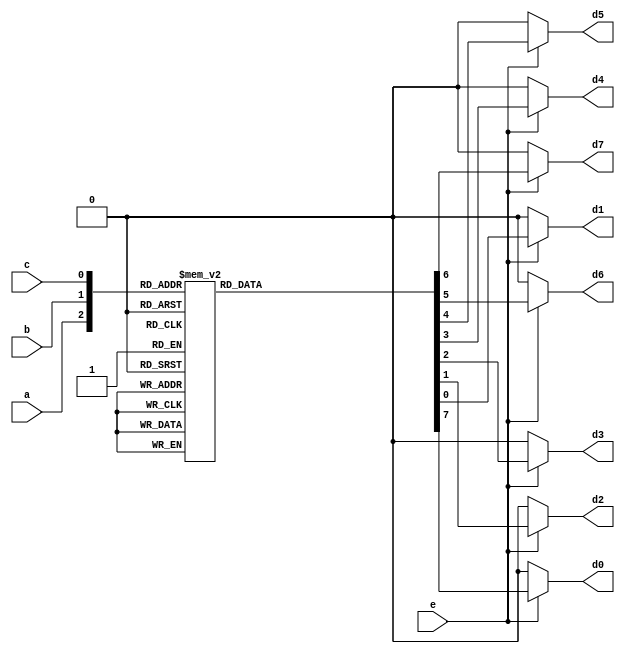
`timescale 1ns / 1ps
//////////////////////////////////////////////////////////////////////////////////
// Company: 
// Engineer: 
// 
// Design Name: 
// Module Name: decoder_behavorial
// Project Name: 
// Target Devices: 
// Tool Versions: 
// Description: 
// 
// Dependencies: 
// 
// Revision:
// Revision 0.01 - File Created
// Additional Comments:
// 
//////////////////////////////////////////////////////////////////////////////////


module Decoder_behavorial(
    input e,
    input a,
    input b,
    input c,
    output reg d0,
    output reg d1,
    output reg d2,
    output reg d3,
    output reg d4,
    output reg d5,
    output reg d6,
    output reg d7
    );
    
    always @(e,a,b,c)
    begin
    
    d0=1'b0; d1=1'b0; d2=1'b0; d3=1'b0; d4=1'b0; d5=1'b0; d6=1'b0; d7=1'b0;
    
    if (e == 1'b1)
        case ({a,b,c})
        3'b000 : d0 = 1'b1;
        3'b001 : d1 = 1'b1;
        3'b010 : d2 = 1'b1;
        3'b011 : d3 = 1'b1;
        3'b100 : d4 = 1'b1;
        3'b101 : d5 = 1'b1;
        3'b110 : d6 = 1'b1;
        3'b111 : d7 = 1'b1;
        
        default : begin
                    d0=1'b0;d1=1'b0;d2=1'b0;d3=1'b0;d4=1'b0;d5=1'b0;d6=1'b0;d7=1'b0;
                  end
                  
        endcase
    end
                    
        
                    
        
    
endmodule